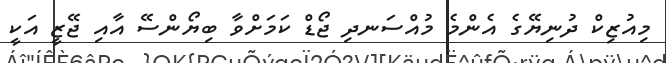
މިއުޒިކް ދުނިޔޭގެ އެންމެ މުއްސަނދި ޖޯޑް ކަމަށްވާ ބިޔޯންސޭ އާއި ޖޭޒީ އަކީ